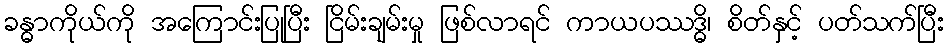
ခန္ဓာကိုယ်ကို အကြောင်းပြုပြီး ငြိမ်းချမ်းမှု ဖြစ်လာရင် ကာယပဿဒ္ဓိ၊ စိတ်နှင့် ပတ်သက်ပြီး